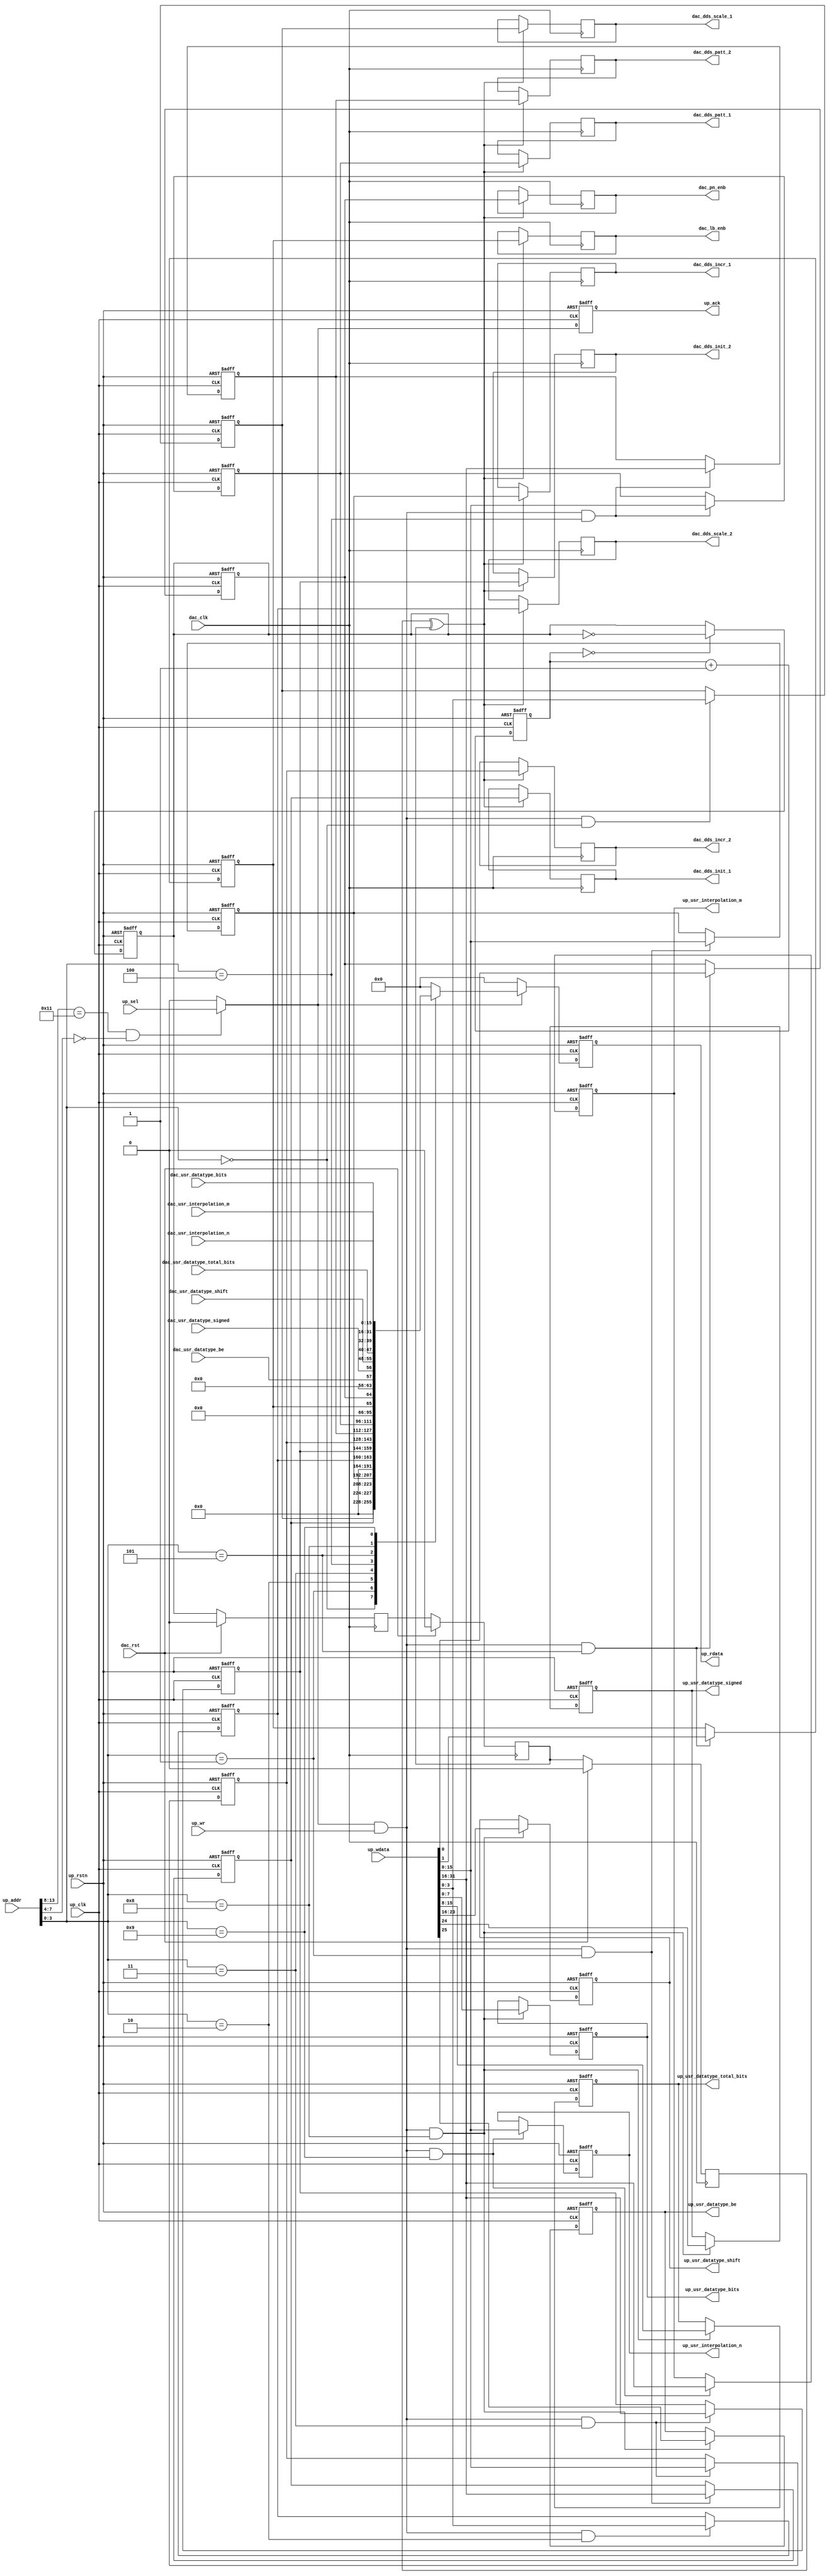
// ***************************************************************************
// ***************************************************************************
// Copyright 2011(c) Analog Devices, Inc.
// 
// All rights reserved.
// 
// Redistribution and use in source and binary forms, with or without modification,
// are permitted provided that the following conditions are met:
//     - Redistributions of source code must retain the above copyright
//       notice, this list of conditions and the following disclaimer.
//     - Redistributions in binary form must reproduce the above copyright
//       notice, this list of conditions and the following disclaimer in
//       the documentation and/or other materials provided with the
//       distribution.
//     - Neither the name of Analog Devices, Inc. nor the names of its
//       contributors may be used to endorse or promote products derived
//       from this software without specific prior written permission.
//     - The use of this software may or may not infringe the patent rights
//       of one or more patent holders.  This license does not release you
//       from the requirement that you obtain separate licenses from these
//       patent holders to use this software.
//     - Use of the software either in source or binary form, must be run
//       on or directly connected to an Analog Devices Inc. component.
//    
// THIS SOFTWARE IS PROVIDED BY ANALOG DEVICES "AS IS" AND ANY EXPRESS OR IMPLIED WARRANTIES,
// INCLUDING, BUT NOT LIMITED TO, NON-INFRINGEMENT, MERCHANTABILITY AND FITNESS FOR A
// PARTICULAR PURPOSE ARE DISCLAIMED.
//
// IN NO EVENT SHALL ANALOG DEVICES BE LIABLE FOR ANY DIRECT, INDIRECT, INCIDENTAL, SPECIAL,
// EXEMPLARY, OR CONSEQUENTIAL DAMAGES (INCLUDING, BUT NOT LIMITED TO, INTELLECTUAL PROPERTY
// RIGHTS, PROCUREMENT OF SUBSTITUTE GOODS OR SERVICES; LOSS OF USE, DATA, OR PROFITS; OR 
// BUSINESS INTERRUPTION) HOWEVER CAUSED AND ON ANY THEORY OF LIABILITY, WHETHER IN CONTRACT,
// STRICT LIABILITY, OR TORT (INCLUDING NEGLIGENCE OR OTHERWISE) ARISING IN ANY WAY OUT OF 
// THE USE OF THIS SOFTWARE, EVEN IF ADVISED OF THE POSSIBILITY OF SUCH DAMAGE.
// ***************************************************************************
// ***************************************************************************
// ***************************************************************************
// ***************************************************************************

`timescale 1ns/100ps

module up_dac_channel (

  // dac interface

  dac_clk,
  dac_rst,
  dac_dds_scale_1,
  dac_dds_init_1,
  dac_dds_incr_1,
  dac_dds_scale_2,
  dac_dds_init_2,
  dac_dds_incr_2,
  dac_dds_patt_1,
  dac_dds_patt_2,
  dac_lb_enb,
  dac_pn_enb,

  // user controls

  up_usr_datatype_be,
  up_usr_datatype_signed,
  up_usr_datatype_shift,
  up_usr_datatype_total_bits,
  up_usr_datatype_bits,
  up_usr_interpolation_m,
  up_usr_interpolation_n,
  dac_usr_datatype_be,
  dac_usr_datatype_signed,
  dac_usr_datatype_shift,
  dac_usr_datatype_total_bits,
  dac_usr_datatype_bits,
  dac_usr_interpolation_m,
  dac_usr_interpolation_n,

  // bus interface

  up_rstn,
  up_clk,
  up_sel,
  up_wr,
  up_addr,
  up_wdata,
  up_rdata,
  up_ack);

  // parameters

  parameter PCORE_DAC_CHID = 4'h0;

  // dac interface

  input           dac_clk;
  input           dac_rst;
  output  [ 3:0]  dac_dds_scale_1;
  output  [15:0]  dac_dds_init_1;
  output  [15:0]  dac_dds_incr_1;
  output  [ 3:0]  dac_dds_scale_2;
  output  [15:0]  dac_dds_init_2;
  output  [15:0]  dac_dds_incr_2;
  output  [15:0]  dac_dds_patt_1;
  output  [15:0]  dac_dds_patt_2;
  output          dac_lb_enb;
  output          dac_pn_enb;

  // user controls

  output          up_usr_datatype_be;
  output          up_usr_datatype_signed;
  output  [ 7:0]  up_usr_datatype_shift;
  output  [ 7:0]  up_usr_datatype_total_bits;
  output  [ 7:0]  up_usr_datatype_bits;
  output  [15:0]  up_usr_interpolation_m;
  output  [15:0]  up_usr_interpolation_n;
  input           dac_usr_datatype_be;
  input           dac_usr_datatype_signed;
  input   [ 7:0]  dac_usr_datatype_shift;
  input   [ 7:0]  dac_usr_datatype_total_bits;
  input   [ 7:0]  dac_usr_datatype_bits;
  input   [15:0]  dac_usr_interpolation_m;
  input   [15:0]  dac_usr_interpolation_n;

  // bus interface

  input           up_rstn;
  input           up_clk;
  input           up_sel;
  input           up_wr;
  input   [13:0]  up_addr;
  input   [31:0]  up_wdata;
  output  [31:0]  up_rdata;
  output          up_ack;

  // internal registers

  reg     [ 3:0]  up_dac_dds_scale_1 = 'd0;
  reg     [15:0]  up_dac_dds_init_1 = 'd0;
  reg     [15:0]  up_dac_dds_incr_1 = 'd0;
  reg     [ 3:0]  up_dac_dds_scale_2 = 'd0;
  reg     [15:0]  up_dac_dds_init_2 = 'd0;
  reg     [15:0]  up_dac_dds_incr_2 = 'd0;
  reg     [15:0]  up_dac_dds_patt_2 = 'd0;
  reg     [15:0]  up_dac_dds_patt_1 = 'd0;
  reg             up_dac_lb_enb = 'd0;
  reg             up_dac_pn_enb = 'd0;
  reg             up_usr_datatype_be = 'd0;
  reg             up_usr_datatype_signed = 'd0;
  reg     [ 7:0]  up_usr_datatype_shift = 'd0;
  reg     [ 7:0]  up_usr_datatype_total_bits = 'd0;
  reg     [ 7:0]  up_usr_datatype_bits = 'd0;
  reg     [15:0]  up_usr_interpolation_m = 'd0;
  reg     [15:0]  up_usr_interpolation_n = 'd0;
  reg             up_ack = 'd0;
  reg     [31:0]  up_rdata = 'd0;
  reg     [ 5:0]  up_xfer_count = 'd0;
  reg             up_xfer_toggle = 'd0;
  reg             dac_up_xfer_toggle_m1 = 'd0;
  reg             dac_up_xfer_toggle_m2 = 'd0;
  reg             dac_up_xfer_toggle_m3 = 'd0;
  reg     [ 3:0]  dac_dds_scale_1 = 'd0;
  reg     [15:0]  dac_dds_init_1 = 'd0;
  reg     [15:0]  dac_dds_incr_1 = 'd0;
  reg     [ 3:0]  dac_dds_scale_2 = 'd0;
  reg     [15:0]  dac_dds_init_2 = 'd0;
  reg     [15:0]  dac_dds_incr_2 = 'd0;
  reg     [15:0]  dac_dds_patt_1 = 'd0;
  reg     [15:0]  dac_dds_patt_2 = 'd0;
  reg             dac_lb_enb = 'd0;
  reg             dac_pn_enb = 'd0;

  // internal signals

  wire            up_sel_s;
  wire            up_wr_s;
  wire            dac_up_xfer_toggle_s;

  // decode block select

  assign up_sel_s = ((up_addr[13:8] == 6'h11) && (up_addr[7:4] == PCORE_DAC_CHID)) ? up_sel : 1'b0;
  assign up_wr_s = up_sel_s & up_wr;

  // processor write interface

  always @(negedge up_rstn or posedge up_clk) begin
    if (up_rstn == 0) begin
      up_dac_dds_scale_1 <= 'd0;
      up_dac_dds_init_1 <= 'd0;
      up_dac_dds_incr_1 <= 'd0;
      up_dac_dds_scale_2 <= 'd0;
      up_dac_dds_init_2 <= 'd0;
      up_dac_dds_incr_2 <= 'd0;
      up_dac_dds_patt_2 <= 'd0;
      up_dac_dds_patt_1 <= 'd0;
      up_dac_lb_enb <= 'd0;
      up_dac_pn_enb <= 'd0;
      up_usr_datatype_be <= 'd0;
      up_usr_datatype_signed <= 'd0;
      up_usr_datatype_shift <= 'd0;
      up_usr_datatype_total_bits <= 'd0;
      up_usr_datatype_bits <= 'd0;
      up_usr_interpolation_m <= 'd0;
      up_usr_interpolation_n <= 'd0;
    end else begin
      if ((up_wr_s == 1'b1) && (up_addr[3:0] == 4'h0)) begin
        up_dac_dds_scale_1 <= up_wdata[3:0];
      end
      if ((up_wr_s == 1'b1) && (up_addr[3:0] == 4'h1)) begin
        up_dac_dds_init_1 <= up_wdata[31:16];
        up_dac_dds_incr_1 <= up_wdata[15:0];
      end
      if ((up_wr_s == 1'b1) && (up_addr[3:0] == 4'h2)) begin
        up_dac_dds_scale_2 <= up_wdata[3:0];
      end
      if ((up_wr_s == 1'b1) && (up_addr[3:0] == 4'h3)) begin
        up_dac_dds_init_2 <= up_wdata[31:16];
        up_dac_dds_incr_2 <= up_wdata[15:0];
      end
      if ((up_wr_s == 1'b1) && (up_addr[3:0] == 4'h4)) begin
        up_dac_dds_patt_2 <= up_wdata[31:16];
        up_dac_dds_patt_1 <= up_wdata[15:0];
      end
      if ((up_wr_s == 1'b1) && (up_addr[3:0] == 4'h5)) begin
        up_dac_lb_enb <= up_wdata[1];
        up_dac_pn_enb <= up_wdata[0];
      end
      if ((up_wr_s == 1'b1) && (up_addr[3:0] == 4'h8)) begin
        up_usr_datatype_be <= up_wdata[25];
        up_usr_datatype_signed <= up_wdata[24];
        up_usr_datatype_shift <= up_wdata[23:16];
        up_usr_datatype_total_bits <= up_wdata[15:8];
        up_usr_datatype_bits <= up_wdata[7:0];
      end
      if ((up_wr_s == 1'b1) && (up_addr[3:0] == 4'h9)) begin
        up_usr_interpolation_m <= up_wdata[31:16];
        up_usr_interpolation_n <= up_wdata[15:0];
      end
    end
  end

  // processor read interface

  always @(negedge up_rstn or posedge up_clk) begin
    if (up_rstn == 0) begin
      up_ack <= 'd0;
      up_rdata <= 'd0;
    end else begin
      up_ack <= up_sel_s;
      if (up_sel_s == 1'b1) begin
        case (up_addr[3:0])
          4'h0: up_rdata <= {28'd0, up_dac_dds_scale_1};
          4'h1: up_rdata <= {up_dac_dds_init_1, up_dac_dds_incr_1};
          4'h2: up_rdata <= {28'd0, up_dac_dds_scale_2};
          4'h3: up_rdata <= {up_dac_dds_init_2, up_dac_dds_incr_2};
          4'h4: up_rdata <= {up_dac_dds_patt_2, up_dac_dds_patt_1};
          4'h5: up_rdata <= {30'd0, up_dac_lb_enb, up_dac_pn_enb};
          4'h8: up_rdata <= {6'd0, dac_usr_datatype_be, dac_usr_datatype_signed,
                              dac_usr_datatype_shift, dac_usr_datatype_total_bits,
                              dac_usr_datatype_bits};
          4'h9: up_rdata <= {dac_usr_interpolation_m, dac_usr_interpolation_n};
          default: up_rdata <= 0;
        endcase
      end else begin
        up_rdata <= 32'd0;
      end
    end
  end

  // common xfer toggle (where no enable or start is available)

  always @(negedge up_rstn or posedge up_clk) begin
    if (up_rstn == 0) begin
      up_xfer_count <= 'd0;
      up_xfer_toggle <= 'd0;
    end else begin
      up_xfer_count <= up_xfer_count + 1'b1;
      if (up_xfer_count == 6'd0) begin
        up_xfer_toggle <= ~up_xfer_toggle;
      end
    end
  end

  // dac control transfer

  assign dac_up_xfer_toggle_s = dac_up_xfer_toggle_m3 ^ dac_up_xfer_toggle_m2;

  always @(posedge dac_clk) begin
    if (dac_rst == 1'b1) begin
      dac_up_xfer_toggle_m1 <= 'd0;
      dac_up_xfer_toggle_m2 <= 'd0;
      dac_up_xfer_toggle_m3 <= 'd0;
    end else begin
      dac_up_xfer_toggle_m1 <= up_xfer_toggle;
      dac_up_xfer_toggle_m2 <= dac_up_xfer_toggle_m1;
      dac_up_xfer_toggle_m3 <= dac_up_xfer_toggle_m2;
    end
    if (dac_up_xfer_toggle_s == 1'b1) begin
      dac_dds_scale_1 <= up_dac_dds_scale_1;
      dac_dds_init_1 <= up_dac_dds_init_1;
      dac_dds_incr_1 <= up_dac_dds_incr_1;
      dac_dds_scale_2 <= up_dac_dds_scale_2;
      dac_dds_init_2 <= up_dac_dds_init_2;
      dac_dds_incr_2 <= up_dac_dds_incr_2;
      dac_dds_patt_1 <= up_dac_dds_patt_1;
      dac_dds_patt_2 <= up_dac_dds_patt_2;
      dac_lb_enb <= up_dac_lb_enb;
      dac_pn_enb <= up_dac_pn_enb;
    end
  end

endmodule

// ***************************************************************************
// ***************************************************************************